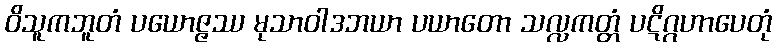
ဝိသူကဘူတံ ပယောဇ္ဇဿ မုသာဝါဒဘယာ ပယာတော သလ္လကတ္တံ ပဋိဂ္ဂဟာပေတုံ